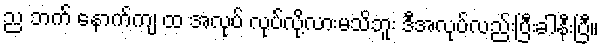
ည ဘက် နောက်ကျ ထ အလုပ် လုပ်လို့လားမသိဘူး ဒီအလုပ်လည်းပြီးခါနီးပြီ။